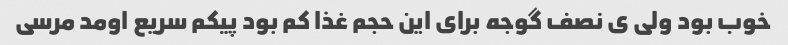
خوب بود ولی ی نصف گوجه برای این حجم غذا کم بود پیکم سریع اومد مرسی